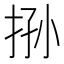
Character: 𰓧